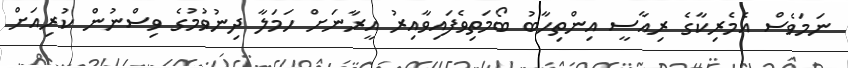
ނަމަވެސް އެމެރިކާގެ ރިއާސީ އިންތިހާބު ބޯމަތިވެފައިވާއިރު އީރާނަށް ހަމަލާ ދިނުވުމުގެ ވިސްނުން ކުރިއަށް